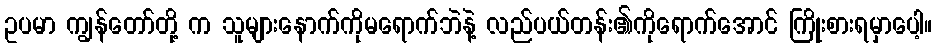
ဥပမာ ကျွန်တော်တို့ က သူများနောက်ကိုမရောက်ဘဲနဲ့ လည်ပယ်တန်း၏ကိုရောက်အောင် ကြိုးစားရမှာပေါ့။